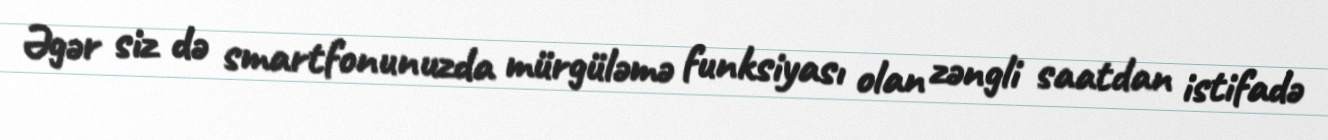
Əgər siz də smartfonunuzda mürgüləmə funksiyası olan zəngli saatdan istifadə